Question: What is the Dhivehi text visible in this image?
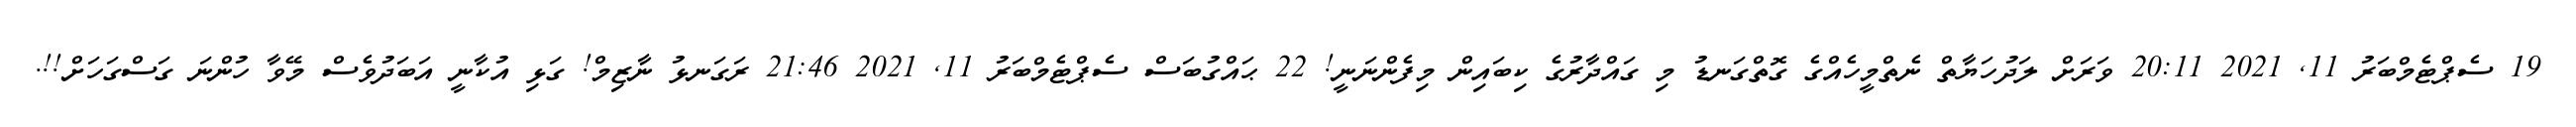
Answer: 19 ސެޕްޓެމްބަރު 11, 2021 20:11 ވަރަށް ލަދުހަޔާތް ނެތްމީހެއްގެ ގޮތްގަނޑު މި ގައްދާރުގެ ކިބައިން މިފެންނަނީ! 22 ޙައްގުބަސް ސެޕްޓެމްބަރު 11, 2021 21:46 ރަގަނޅު ނާޒިމް! ގަޅި އުކާނީ އަބަދުވެސް މޭވާ ހުންނަ ގަސްގަހަށް!!.